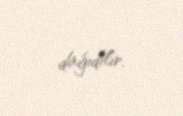
dağıdılır.